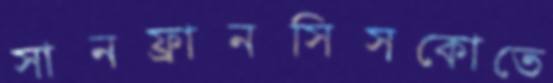
সানফ্রানসিসকোতে